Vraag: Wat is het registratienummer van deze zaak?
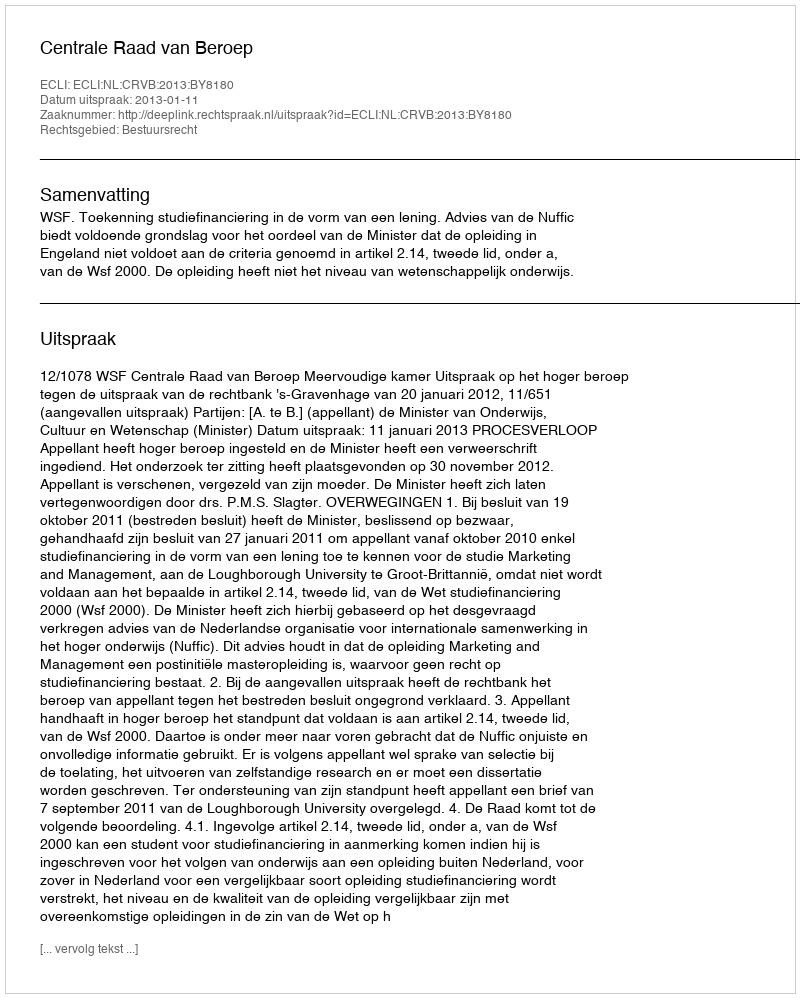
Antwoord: http://deeplink.rechtspraak.nl/uitspraak?id=ECLI:NL:CRVB:2013:BY8180